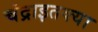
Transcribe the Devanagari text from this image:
चंद्राइतक्या